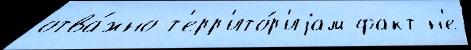
отва́жно т'ерр'ито́р'иjам факт н'е